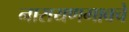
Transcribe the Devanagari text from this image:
नारायणगावचे